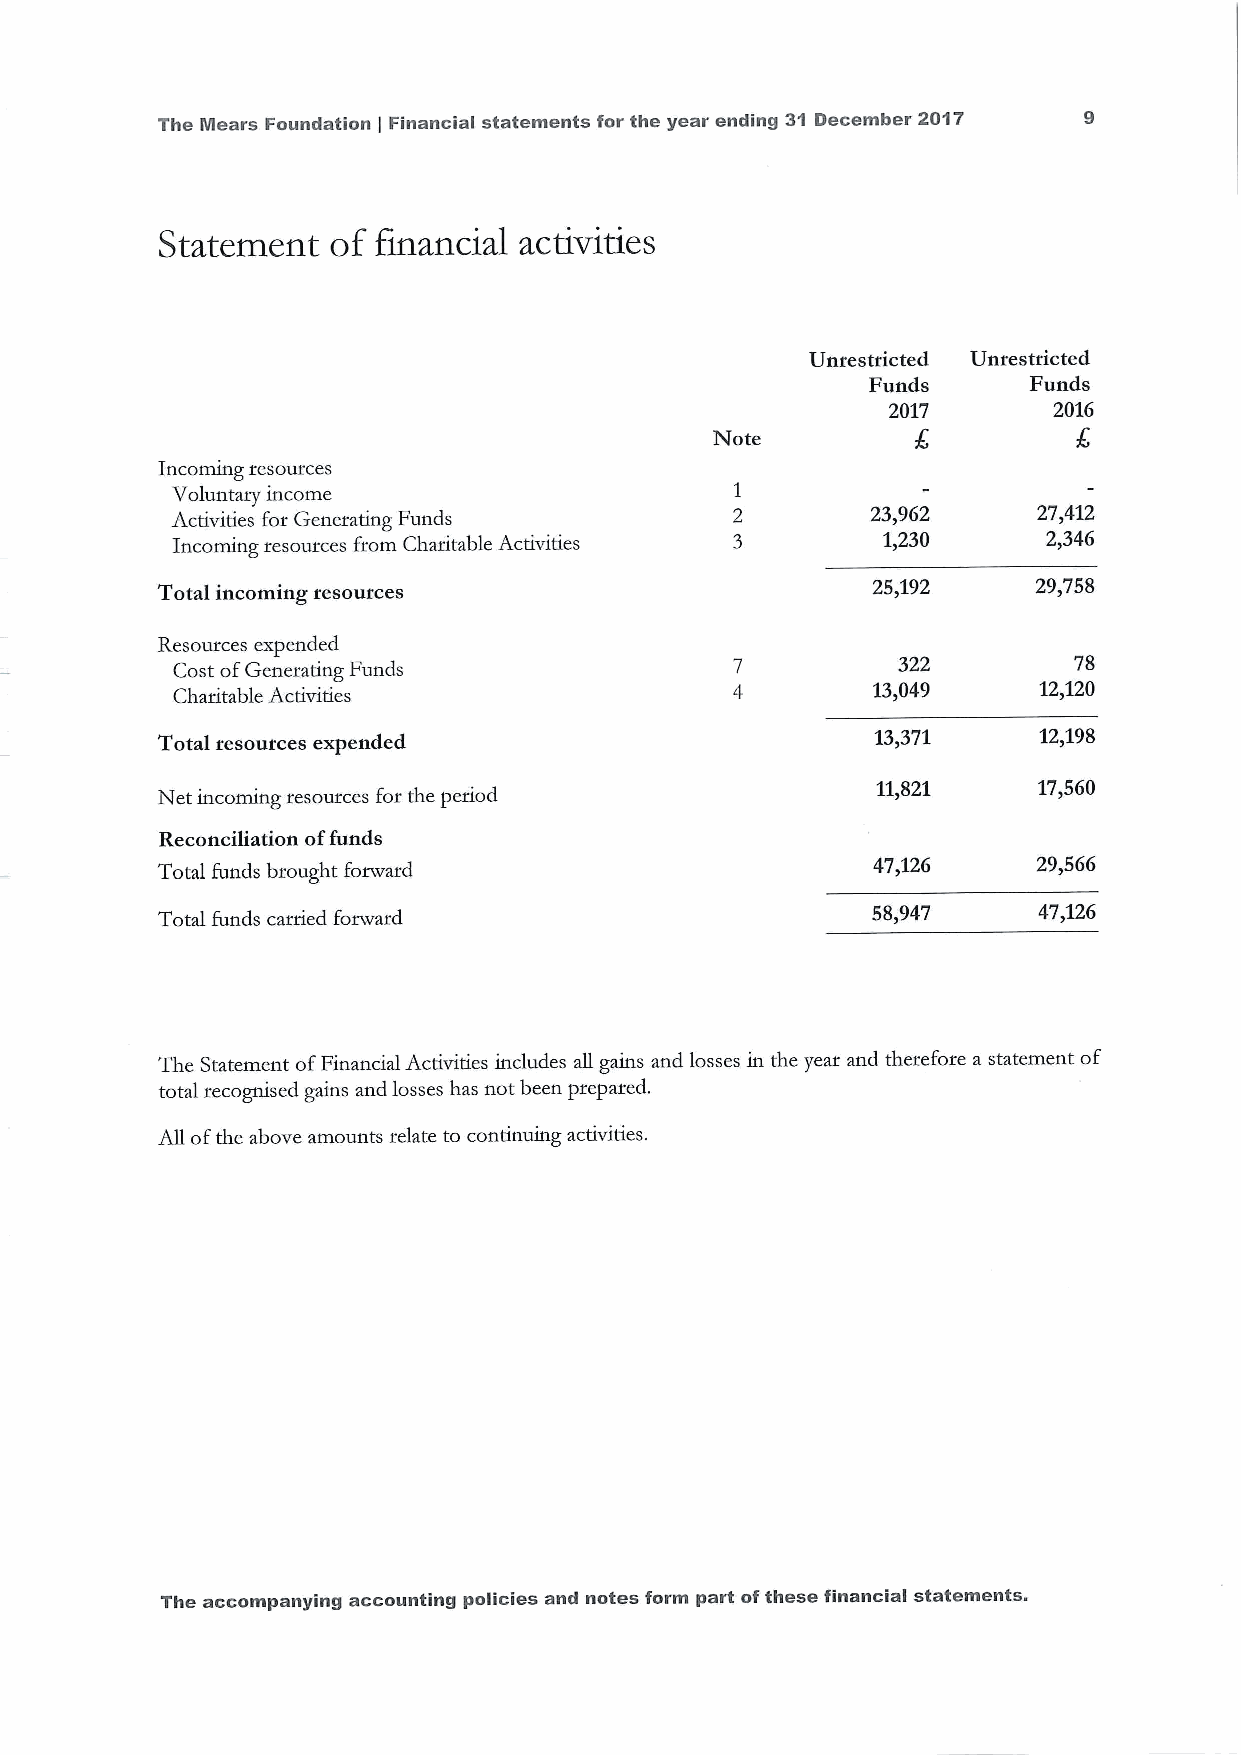
The Mears Foundation Financial statements for the year ending 31 December 2017
 (
 Statement   of financial activities
 Unrestricted Unrestricted
 Funds      Funds
 2017       2016
 Note
 Incoming resources
 Voluntary income
 Activities for Generating Funds                23,962     27,412
 Incoming resources from Charitable Activities  1,230      2,346
 Total incoming resources                        25,192     29,758
 Resources expended
 Cost ofGenerating Funds                         322         78
 Charitable Activities
 13,049     12,120
 Total resources expended                        13/371     12,198
 11,821     17,560
 Net incoming resources for the period
 Reconciliation offunds
 Total funds brought forward                     47,126     29,566
 Total funds carried forward                     58,947     47,126
 The Statement ofFinancial Activities includes all gains and losses in the year and therefore a statement of
 total recognised gains and losses has not been prepared.
 Ail ofthe above amounts relate to continuing activities.
 The accompanying accounting policies and notes form part ofthese financial statements.